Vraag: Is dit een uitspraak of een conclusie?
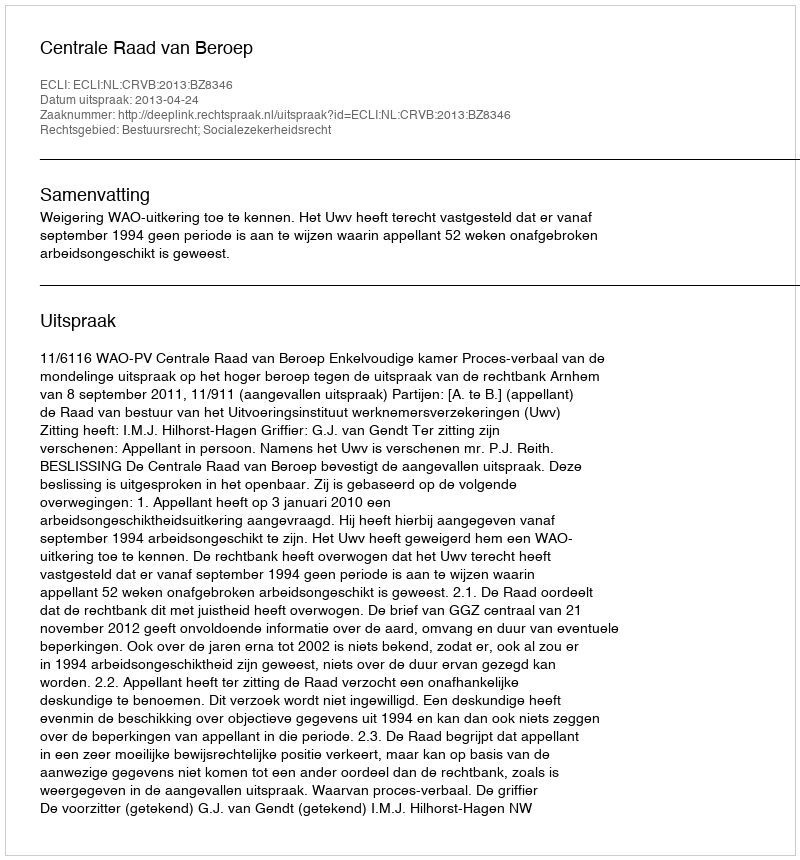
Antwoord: Uitspraak